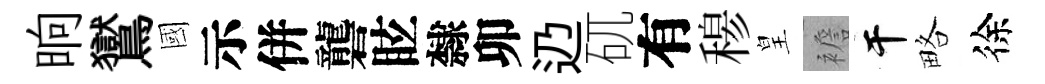
晌鸑國示併礱眩隸卯辸矹有𥠇皇襜干略徐